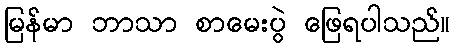
မြန်မာ ဘာသာ စာမေးပွဲ ဖြေရပါသည်။